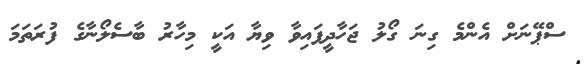
ސްޕޭނަށް އެންމެ ގިނަ ގޯލު ޖަހާދީފައިވާ ވިޔާ އަކީ މިހާރު ބާސެލޯނާގެ ފުރަތަމަ